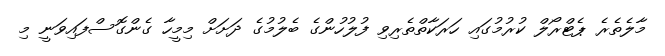
މާލެތެރެ ޕެޓްރޯލް ކުރުމުގައި ހަރަކާތްތެރިވި ފުލުހުންގެ ބެލުމުގެ ދަށަށް މިމީހާ ގެންގޮސްފައިވަނީ މި